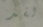
لقد